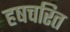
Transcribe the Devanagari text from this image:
हषचरित